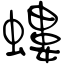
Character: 螻